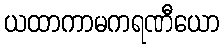
ယထာကာမကရဏီယော